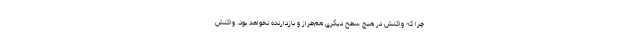
چرا که واکنش در هیچ سطح دیگری هم‌طراز و بازدارنده نخواهد بود. واکنش